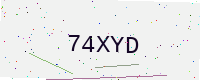
Text: 74XYD